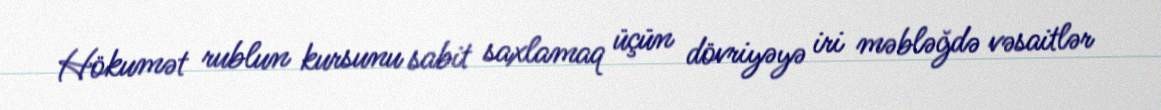
Hökumət rublun kursunu sabit saxlamaq üçün dövriyəyə iri məbləğdə vəsaitlər